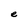
Character: e